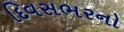
દિવસભરનો